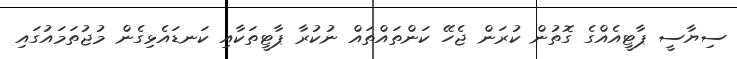
ސިޔާސީ ޕާޓީއެއްގެ ގޮތުން ކުރަން ޖެހޭ ކަންތައްތައް ނުކުރާ ޕާޓީތަކާއި ކަނޑައެޅިގެން މުޖުތަމައުގައި